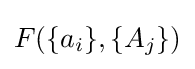
F(\{a_{i}\},\{A_{j}\})